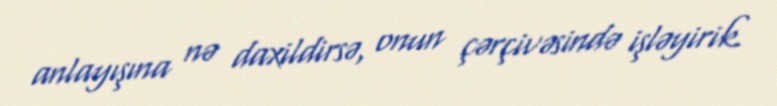
anlayışına nə daxildirsə, onun çərçivəsində işləyirik.